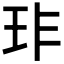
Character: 𤤃